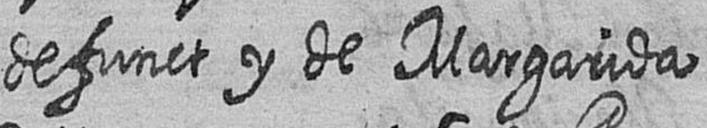
defunct y de Margarida